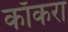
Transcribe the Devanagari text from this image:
काँकरा